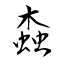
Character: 螙